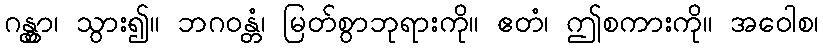
ဂန္တွာ၊ သွား၍။ ဘဂဝန္တံ၊ မြတ်စွာဘုရားကို။ ဧတံ၊ ဤစကားကို။ အဝေါစ၊